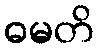
ဓမတိ